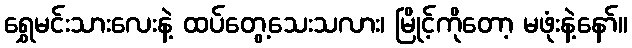
ရွှေမင်းသားလေးနဲ့ ထပ်တွေ့သေးသလား၊ မြိုင့်ကိုတော့ မဖုံးနဲ့နော်။